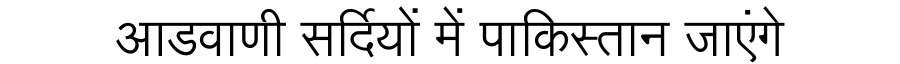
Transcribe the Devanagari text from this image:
आडवाणी सर्दियों में पाकिस्तान जाएंगे